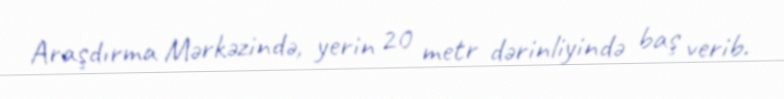
Araşdırma Mərkəzində, yerin 20 metr dərinliyində baş verib.